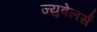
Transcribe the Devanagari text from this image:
ज्युवेलर्स